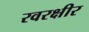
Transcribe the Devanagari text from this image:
रवरक्षीर